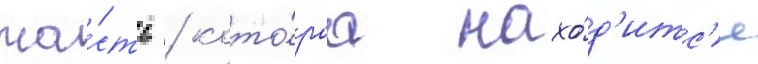
ча́сть / кото́раа нахо́д'итс'я